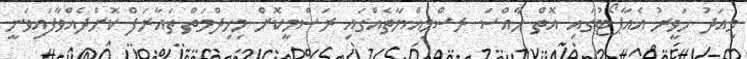
މިއަދު ހަވީރު އެއާޕޯޓުގައި އޮތް ހާއްސަ ރސްމިއްޔާތެއްގައި ރަސްމީކޮށް މިހިދްމަތް ތައާރަފް ކޮށްދެއްވާފައިވަނީ